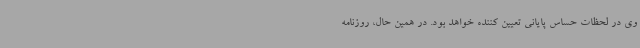
وی در لحظات حساس پایانی تعیین کننده خواهد بود. در همین حال، روزنامه